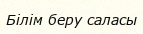
Білім беру саласы